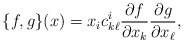
\begin{align*} \{f, g\}(x) = x_i c^i_{k\ell} \frac{\partial f}{\partial x_k} \frac{\partial g}{\partial x_\ell}, \end{align*}